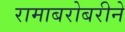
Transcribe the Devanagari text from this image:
रामाबरोबरीने